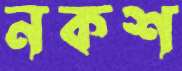
নকশ